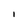
Character: l